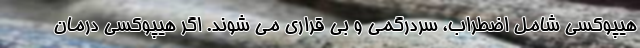
هیپوکسی شامل اضطراب، سردرگمی و بی قراری می شوند. اگر هیپوکسی درمان